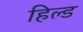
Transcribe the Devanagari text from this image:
हिल्ड